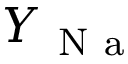
Y _ { \mathrm { ~ N ~ a ~ } }